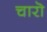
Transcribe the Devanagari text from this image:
चारॊ